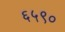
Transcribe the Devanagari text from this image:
६५९०